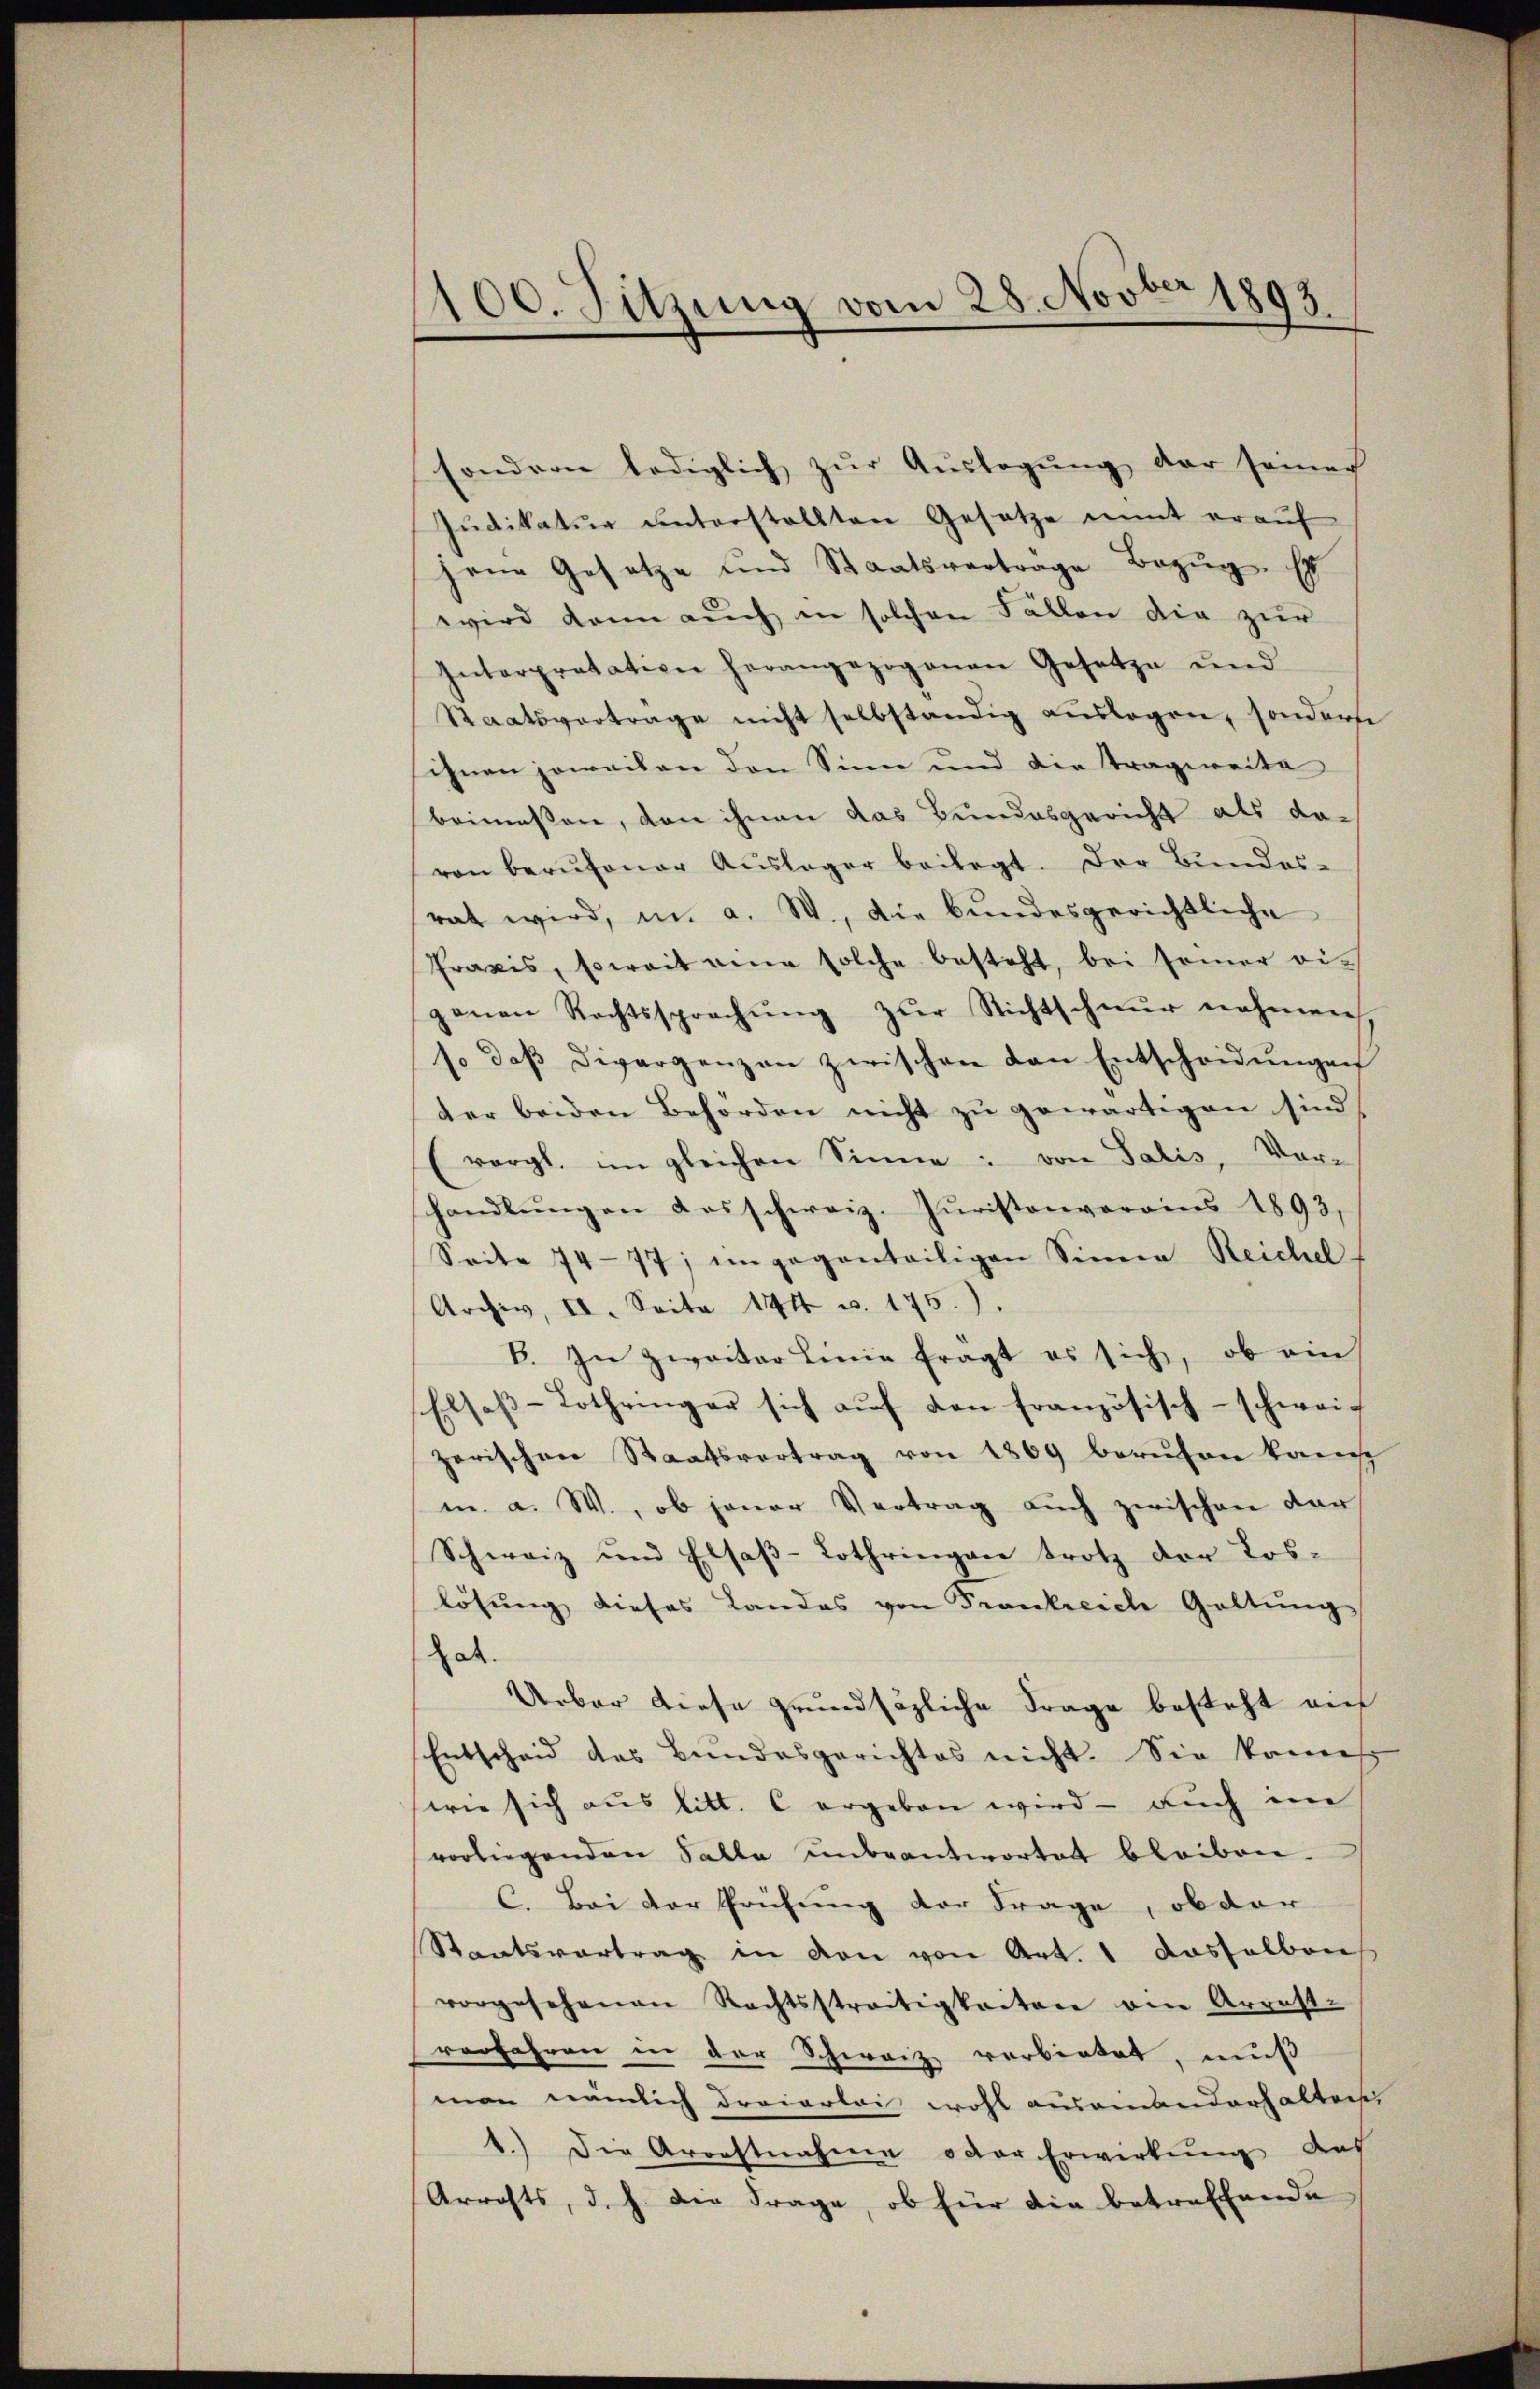
1100. Sitzung vom 28. Novber 1893

sondern lediglich zŭr Aŭslegung der seiner
Judikatur unterstellten Gesetze nimt er auf
jene Gesetze und Staatsverträge Bezŭg. Es
wird dann auch in solchen Fällen die zur
Interpretation herangezogenen Gesetze und
Staatsvertrage nicht selbständig aŭslagen, sonderse
ihnen jeweilen den Sinn und die Tragweite
beimessen, von ihnen das Bundesgericht als davon berŭfener Aŭslager beilegt. Der Bundes-
rat wird, in a. W., die bundesgerichtliche
Praxis, soweit eine solche besteht, bei seiner eiganen Rechtssprachŭng zŭr Nichtschnur nahmen,
s. daβ Divergenzen zwischen den Entscheidungen
der beiden Behörden nicht zu gewärtigen sind
vergl. im gleichen Sinne: von Salis, Vor-
handlŭngen desschweiz. Jŭristenverains 1893,
Seite 74-77; ingeganteiligen Sinnen Reichel
Archiv, II. Seite 174 u. 175.)
B. In zweiter Linie fragt es sich, ob ein
Elsaβ-Lothringer sich aŭf den französisch-schweizerischen Staatsvertrag von 1869 beruhen kannt
m. a. W., ob jener Vertrag aŭch zwischen dar
Schweiz und Elsaß-Lothringen trotz der Los-
lösung dieses Landes von Frankreich Geltung
e
" Urbar diese grundsätzliche Frage besteht ein
Entscheid des Bundesgerichtes nicht. Sie kannt
wie sich aus litt. C ergeben wird - auch im
vorliegenden Falle unbeantwortet bleiben.
C. Bei der Prüfung der Frage, ob dar
Staatsvertrag in den von Art. 1 dasselben
vorgesehenen Rechtsstreitigkeiten am Arrest-
verfahren in der Schweiz verbietet, muß
man nämlich dreierlei wohl ausammanderhalten
1.) Die Aroestnahme oder Erwirkung das
Arrests, d. h. die Frage, ob für die betreffende